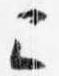
已